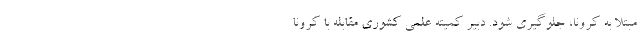
مبتلا به کرونا، جلوگیری شود. دبیر کمیته علمی کشوری مقابله با کرونا